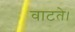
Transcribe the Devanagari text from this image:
वाटते।